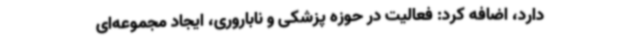
دارد، اضافه کرد: فعالیت در حوزه پزشکی و ناباروری، ایجاد مجموعه‌ای